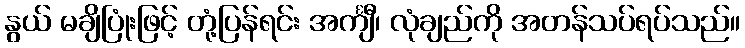
နွယ် မချိပြုံးဖြင့် တုံ့ပြန်ရင်း အင်္ကျီ၊ လုံချည်ကို အတန်သပ်ရပ်သည်။